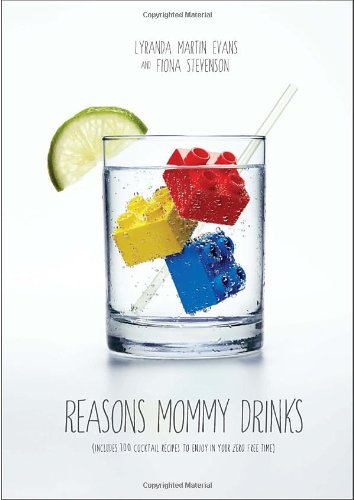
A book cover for Reasons Mommy Drinks; Lyranda Martin-Evans; Humor & Entertainment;